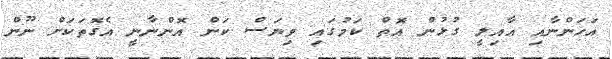
އަހަންނާއި އާއިލީ ގުޅުން އޮތް ކަމުގައި ވިޔަސް ކަން އޮންނާނީ އެގޮތަކަށް ނޫން